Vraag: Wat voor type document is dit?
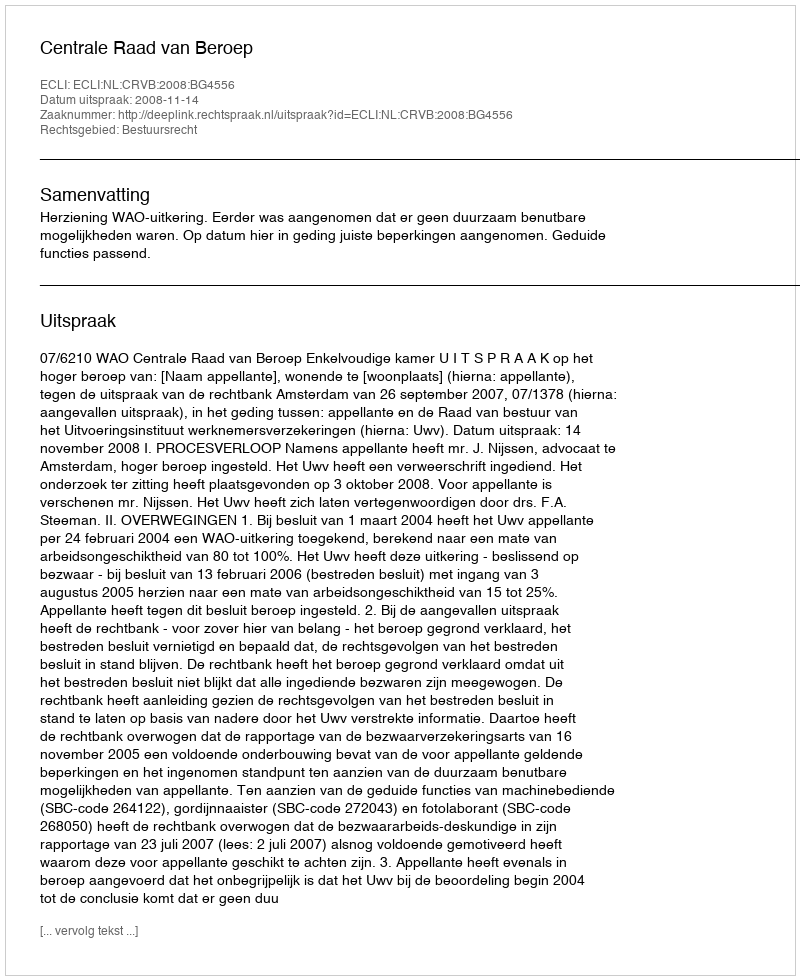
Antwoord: Uitspraak